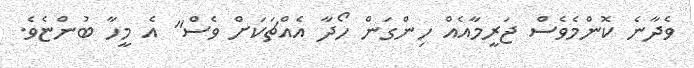
ވެދާނެ ކޮންމެވެސް ޖަރީމާއެއް ހިންގަން ހޯދާ އެއްޗަކަށް ވެސް" އެ މީހާ ބުންޏެވެ.